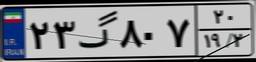
۲۳گ۸۰۷۲۰